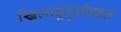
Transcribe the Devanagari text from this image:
खिलाडूवृत्तीबद्दल